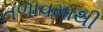
તળાવમાથી